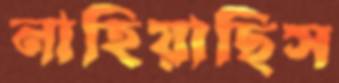
নাহিয়াছিস